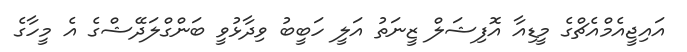
އައިޖީއެމްއެޗްގެ މީޑިއާ އޮފިޝަލް ޒީނަތު އަލީ ހަބީބު ވިދާޅުވީ ބަންގްލަދޭޝްގެ އެ މީހާގެ